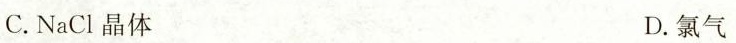
C.NaCl晶体 D.氯气